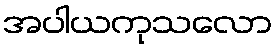
အပါယကုသလော